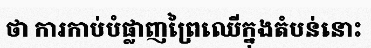
ថា ការកាប់បំផ្លាញព្រៃឈើក្នុងតំបន់នោះ